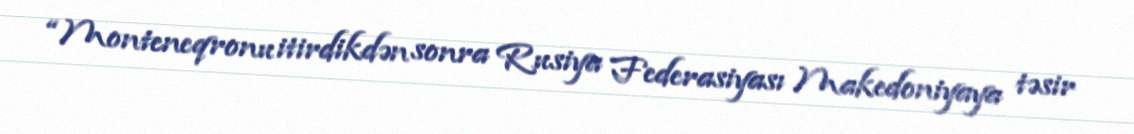
“Monteneqronu itirdikdən sonra Rusiya Federasiyası Makedoniyaya təsir